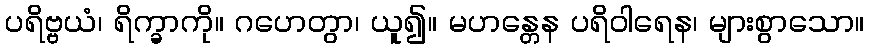
ပရိဗ္ဗယံ၊ ရိက္ခာကို။ ဂဟေတွာ၊ ယူ၍။ မဟန္တေန ပရိဝါရေန၊ များစွာသော။